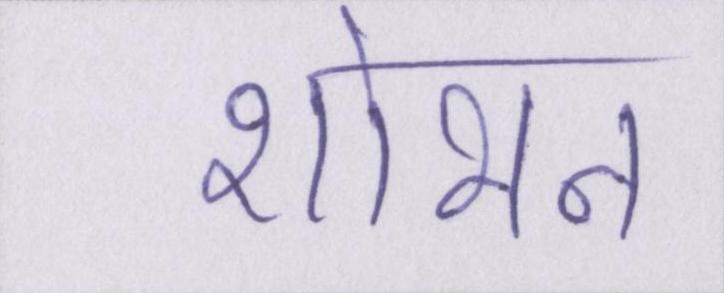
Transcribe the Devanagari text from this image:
शोभन